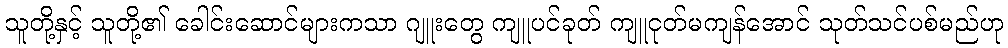
သူတို့နှင့် သူတို့၏ ခေါင်းဆောင်များကသာ ဂျူးတွေ ကျူပင်ခုတ် ကျူငုတ်မကျန်အောင် သုတ်သင်ပစ်မည်ဟု